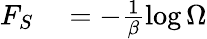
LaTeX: \begin{array}{rl}{F_{S}}&{{}=-\frac{1}{\beta}\log\Omega}\end{array}